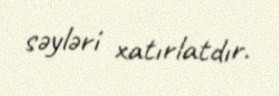
səyləri xatırlatdır.